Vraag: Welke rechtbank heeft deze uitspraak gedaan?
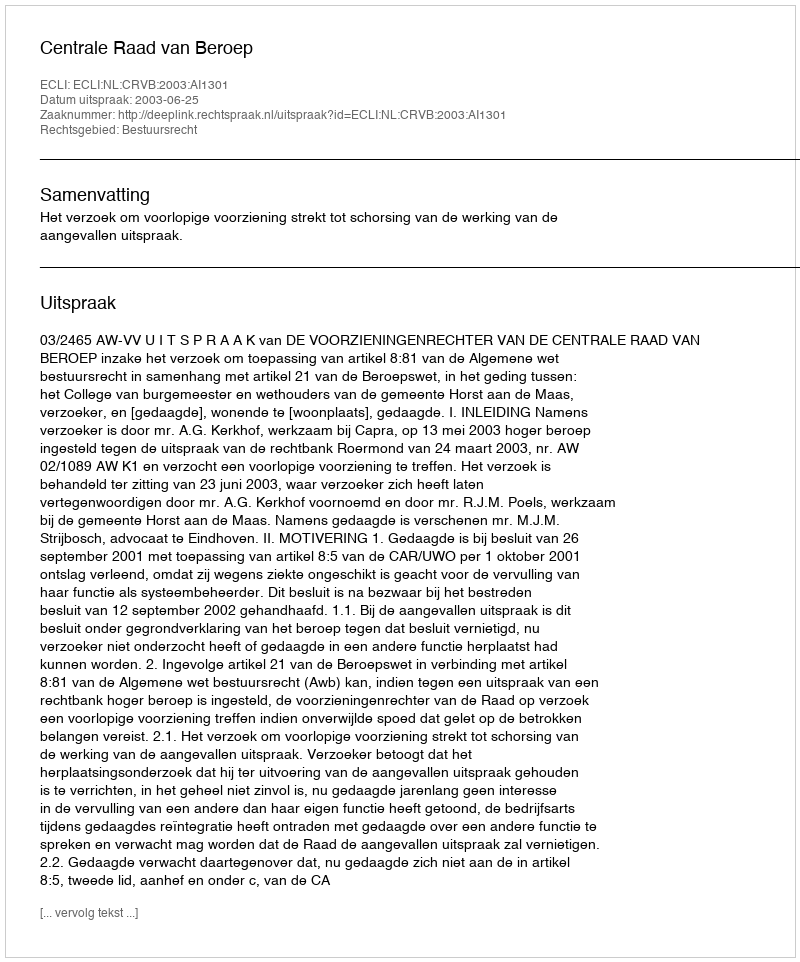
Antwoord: Centrale Raad van Beroep